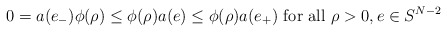
\begin{align*}0=a(e_-)\phi(\rho)\leq\phi(\rho)a(e)\leq\phi(\rho)a(e_+)\hbox{ for all } \rho>0,e\in S^{N-2}\end{align*}